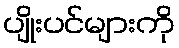
ပျိုးပင်များကို